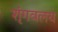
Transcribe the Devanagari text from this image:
शृंगवलय